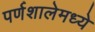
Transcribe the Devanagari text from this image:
पर्णशालेमध्ये